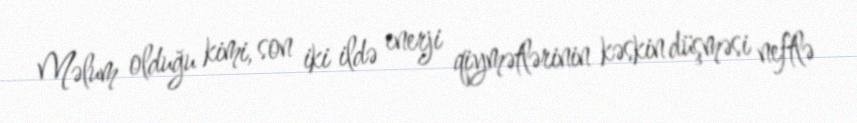
Məlum olduğu kimi, son iki ildə enerji qiymətlərinin kəskin düşməsi neftlə